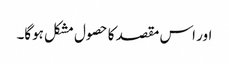
اور اس مقصد کا حصول مشکل ہوگا۔